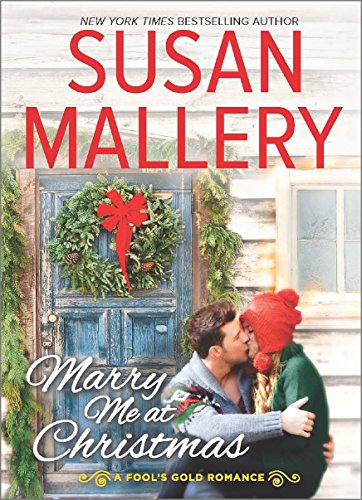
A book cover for Marry Me at Christmas (Fool's Gold); Susan Mallery; Romance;